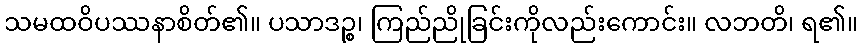
သမထဝိပဿနာစိတ်၏။ ပသာဒဉ္စ၊ ကြည်ညိုခြင်းကိုလည်းကောင်း။ လဘတိ၊ ရ၏။